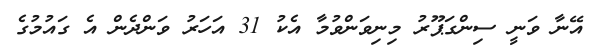
އޭނާ ވަނީ ސިންގަޕޫރު މިނިވަންވުމާ އެކު 31 އަހަރު ވަންދެން އެ ގައުމުގެ